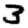
Digit: 3